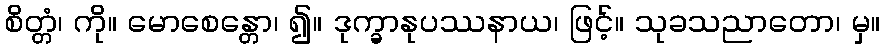
စိတ္တံ၊ ကို။ မောစေန္တော၊ ၍။ ဒုက္ခာနုပဿနာယ၊ ဖြင့်။ သုခသညာတော၊ မှ။